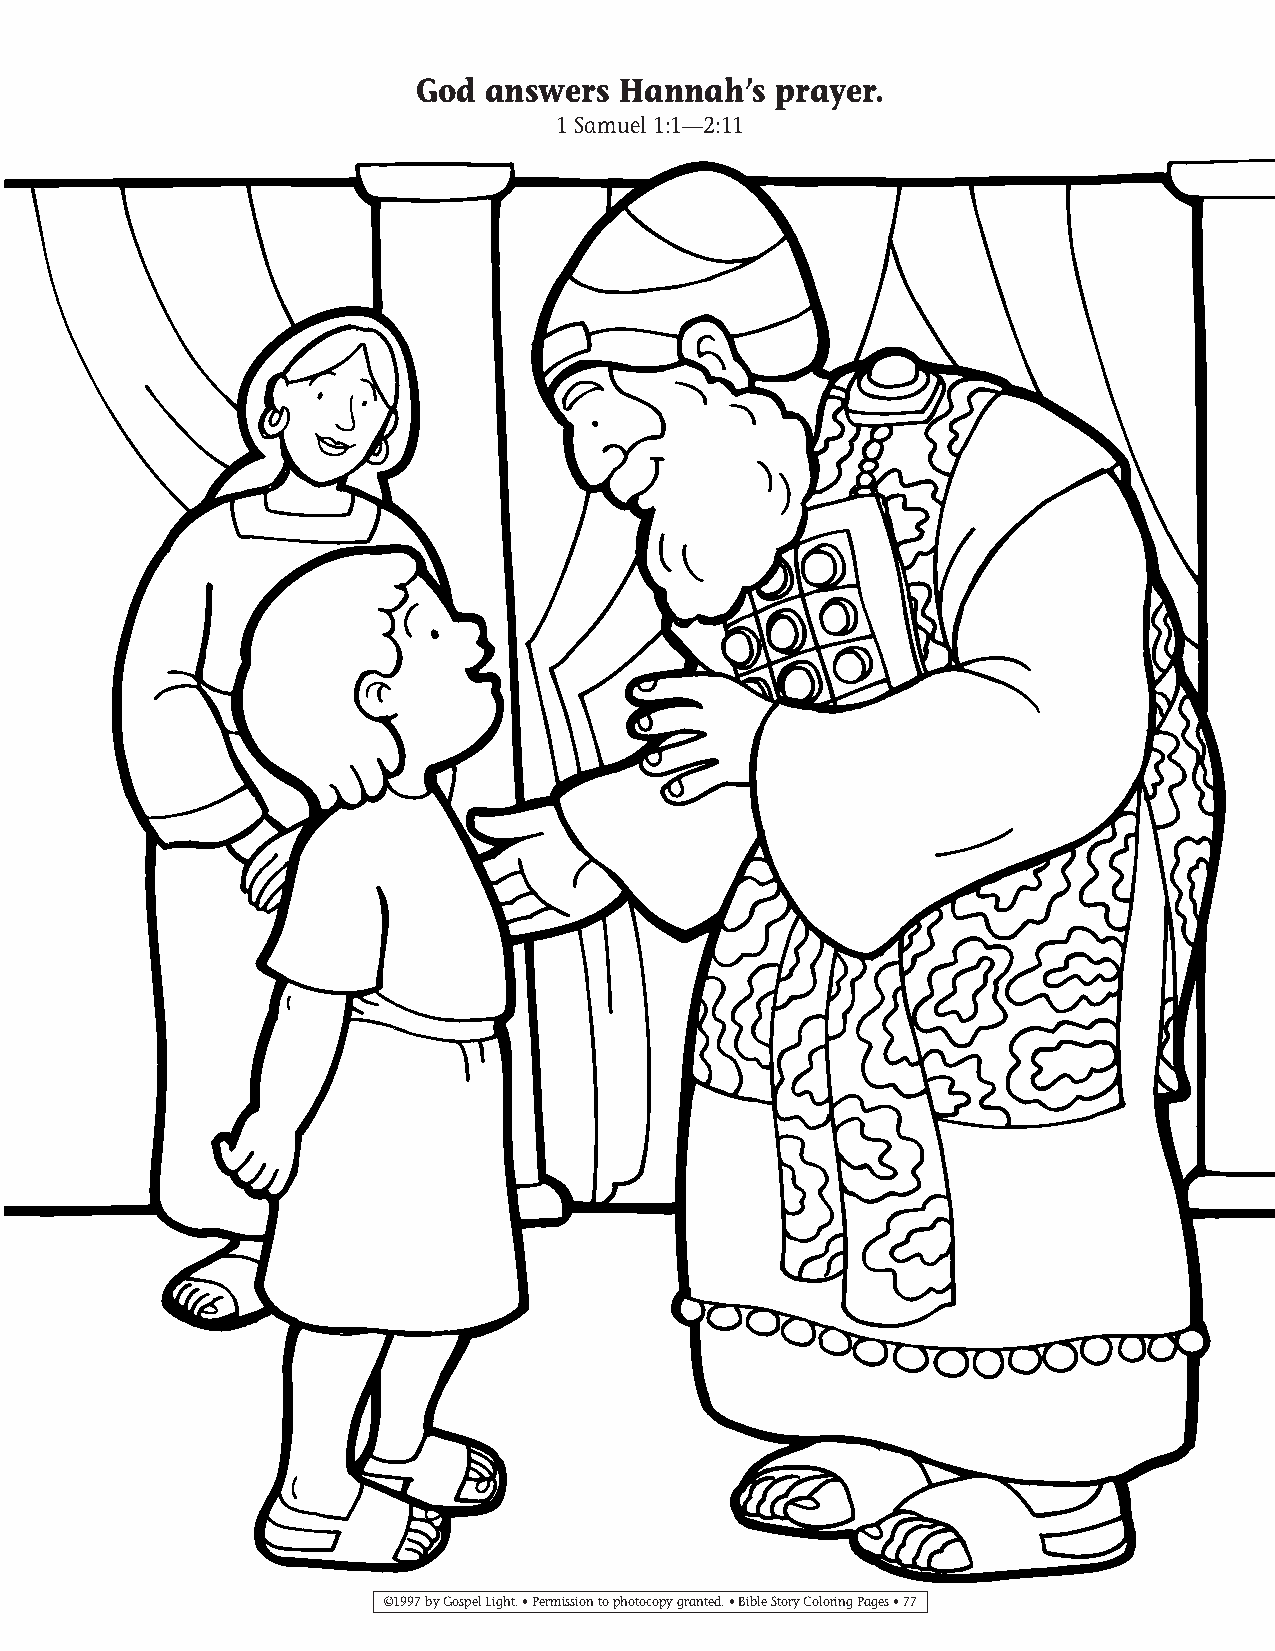
065-94 Coloring pgs_065-94 Coloring pgs 2/19/14 11:46 AM Page 77
 God  answers Hannah’s   prayer.
 1 Samuel 1:1—2:11
 ©1997 by Gospel Light. • Permission to photocopy granted. • Bible Story Coloring Pages • 77